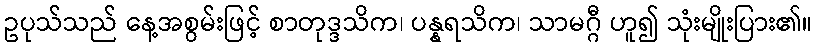
ဥပုသ်သည် နေ့အစွမ်းဖြင့် စာတုဒ္ဒသိက၊ ပန္နရသိက၊ သာမဂ္ဂီ ဟူ၍ သုံးမျိုးပြား၏။